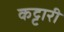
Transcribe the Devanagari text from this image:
कट्टारी